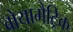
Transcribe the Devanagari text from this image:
बोयामैट्रिक